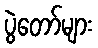
ပွဲတော်များ